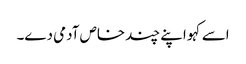
اسے کہو اپنے چند خاص آدمی دے۔